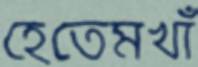
হেতেমখাঁ